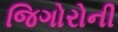
જિગોરોની